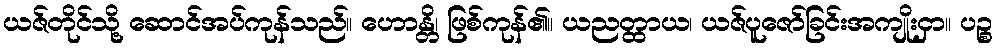
ယဇ်တိုင်သို့ ဆောင်အပ်ကုန်သည်။ ဟောန္တိ၊ ဖြစ်ကုန်၏။ ယညတ္ထာယ၊ ယဇ်ပူဇော်ခြင်းအကျိုးငှာ။ ပဉ္စ